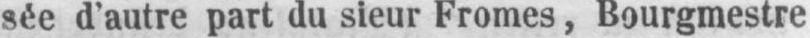
sée d’autre part du sieur Fromes, Bourgmestre